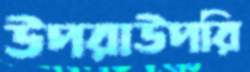
উপরাউপরি